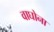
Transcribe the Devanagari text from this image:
वाघोना